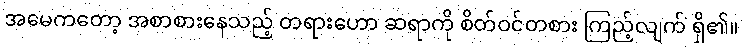
အမေကတော့ အစာစားနေသည့် တရားဟော ဆရာကို စိတ်ဝင်တစား ကြည့်လျက် ရှိ၏။